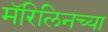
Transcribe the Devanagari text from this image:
मॅरिलिनच्या